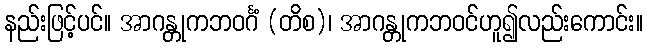
နည်းဖြင့်ပင်။ အာဂန္တုကဘဝင်္ဂံ (တိစ)၊ အာဂန္တုကဘဝင်ဟူ၍လည်းကောင်း။